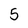
Character: 5